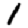
Digit: 1